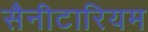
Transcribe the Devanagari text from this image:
सैनीटारियम